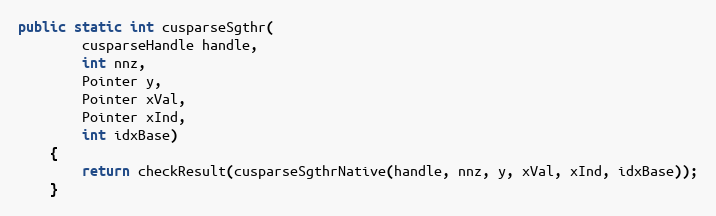
Language: Java
public static int cusparseSgthr(
        cusparseHandle handle,
        int nnz,
        Pointer y,
        Pointer xVal,
        Pointer xInd,
        int idxBase)
    {
        return checkResult(cusparseSgthrNative(handle, nnz, y, xVal, xInd, idxBase));
    }